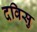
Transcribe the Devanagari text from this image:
दविसु